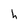
Character: h